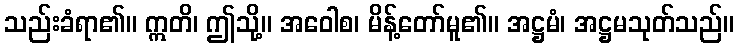
သည်းခံရာ၏။ ဣတိ၊ ဤသို့။ အဝေါစ၊ မိန့်တော်မူ၏။ အဋ္ဌမံ၊ အဋ္ဌမသုတ်သည်။